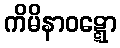
ကိမိနာဝဋ္ဋော